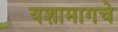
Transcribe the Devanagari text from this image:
यशामागचे